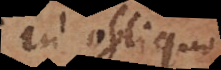
in obliquo